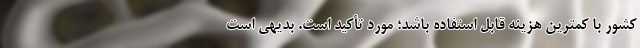
کشور با کمترین هزینه قابل استفاده باشد؛ مورد تأکید است. بدیهی است